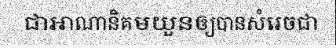
ជាអាណានិគមយួនឲ្យបានសំរេចជា